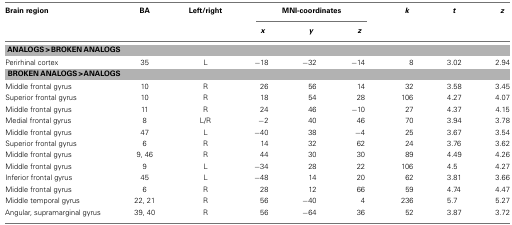
<table><thead><tr><td><b>Brain region</b></td><td><b>BA</b></td><td><b>Left/right</b></td><td colspan="3"><b>MNI-coordinates</b></td><td><b><i>k</i></b></td><td><b><i>t</i></b></td><td><b><i>z</i></b></td></tr><tr><td></td><td></td><td></td><td><b><i>x</i></b></td><td><b><i>y</i></b></td><td><b><i>z</i></b></td><td></td><td></td><td></td></tr></thead><tbody><tr><td colspan="9"><b>ANALOGS &gt; BROKEN ANALOGS</b></td></tr><tr><td>Perirhinal cortex</td><td>35</td><td>L</td><td>−18</td><td>−32</td><td>−14</td><td>8</td><td>3.02</td><td>2.94</td></tr><tr><td colspan="9"><b>BROKEN ANALOGS &gt; ANALOGS</b></td></tr><tr><td>Middle frontal gyrus</td><td>10</td><td>R</td><td>26</td><td>56</td><td>14</td><td>32</td><td>3.58</td><td>3.45</td></tr><tr><td>Superior frontal gyrus</td><td>10</td><td>R</td><td>18</td><td>54</td><td>28</td><td>106</td><td>4.27</td><td>4.07</td></tr><tr><td>Middle frontal gyrus</td><td>11</td><td>R</td><td>24</td><td>46</td><td>−10</td><td>27</td><td>4.37</td><td>4.15</td></tr><tr><td>Medial frontal gyrus</td><td>8</td><td>L/R</td><td>−2</td><td>40</td><td>46</td><td>70</td><td>3.94</td><td>3.78</td></tr><tr><td>Middle frontal gyrus</td><td>47</td><td>L</td><td>−40</td><td>38</td><td>−4</td><td>25</td><td>3.67</td><td>3.54</td></tr><tr><td>Superior frontal gyrus</td><td>6</td><td>R</td><td>14</td><td>32</td><td>62</td><td>24</td><td>3.76</td><td>3.62</td></tr><tr><td>Middle frontal gyrus</td><td>9, 46</td><td>R</td><td>44</td><td>30</td><td>30</td><td>89</td><td>4.49</td><td>4.26</td></tr><tr><td>Middle frontal gyrus</td><td>9</td><td>L</td><td>−34</td><td>28</td><td>22</td><td>106</td><td>4.5</td><td>4.27</td></tr><tr><td>Inferior frontal gyrus</td><td>45</td><td>L</td><td>−48</td><td>14</td><td>20</td><td>62</td><td>3.81</td><td>3.66</td></tr><tr><td>Middle frontal gyrus</td><td>6</td><td>R</td><td>28</td><td>12</td><td>66</td><td>59</td><td>4.74</td><td>4.47</td></tr><tr><td>Middle temporal gyrus</td><td>22, 21</td><td>R</td><td>56</td><td>−40</td><td>4</td><td>236</td><td>5.7</td><td>5.27</td></tr><tr><td>Angular, supramarginal gyrus</td><td>39, 40</td><td>R</td><td>56</td><td>−64</td><td>36</td><td>52</td><td>3.87</td><td>3.72</td></tr></tbody></table>